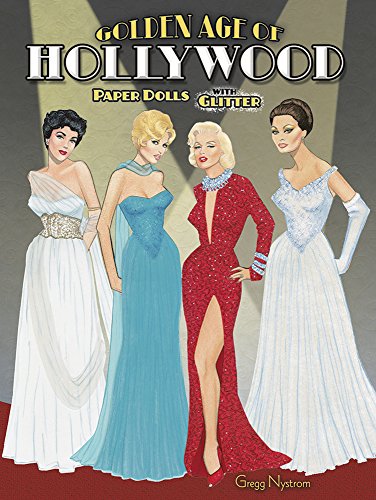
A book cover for Golden Age of Hollywood Paper Dolls with Glitter! (Dover Paper Dolls); Gregg Nystrom; Humor & Entertainment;